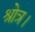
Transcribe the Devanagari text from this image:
श्रोत्र।